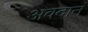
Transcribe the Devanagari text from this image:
अवदानं